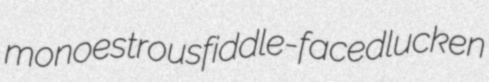
monoestrous fiddle-faced lucken